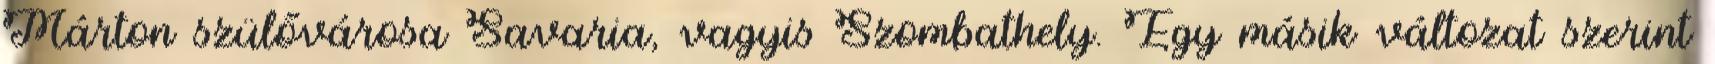
Márton szülővárosa Savaria, vagyis Szombathely. Egy másik változat szerint